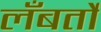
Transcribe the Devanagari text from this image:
लँबर्तो